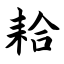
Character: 耠